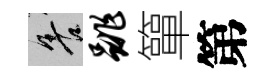
善跳簞第